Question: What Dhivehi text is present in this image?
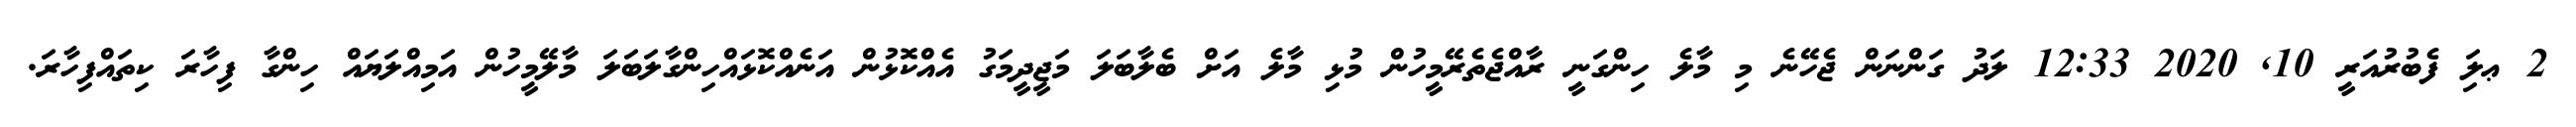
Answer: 2 ޢލަި ފެބުރުއަރީ 10, 2020 12:33 ލަދު ގަންނަން ޖެހޭނެ މި މާލެ ހިންގަނީ ރާއްޖެތެރޭމީހުން މުޅި މާލެ އަށް ބެލާބަލަ މަޖީދީމަގު އެއްކޮޅުން އަނެއްކޮޅައްހިންގާލަބަލަ މާލޭމީހުން އަމިއްލަޔައް ހިންގާ ފިހާރަ ކިތައްފިހާރަ.